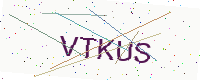
Text: VTKUS